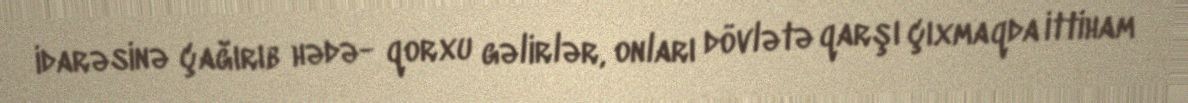
idarəsinə çağırıb hədə- qorxu gəlirlər, onları dövlətə qarşı çıxmaqda ittiham